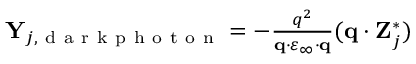
\begin{array} { r } { \mathbf { Y } _ { j , \mathrm { ~ d ~ a ~ r ~ k ~ p ~ h ~ o ~ t ~ o ~ n ~ } } = - \frac { q ^ { 2 } } { \mathbf { q } \cdot \varepsilon _ { \infty } \cdot \mathbf { q } } ( \mathbf { q } \cdot \mathbf { Z } _ { j } ^ { \ast } ) } \end{array}